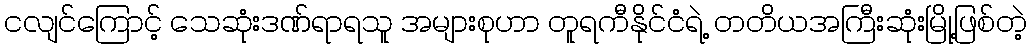
ငလျင်ကြောင့် သေဆုံးဒဏ်ရာရသူ အများစုဟာ တူရကီနိုင်ငံရဲ့ တတိယအကြီးဆုံးမြို့ဖြစ်တဲ့